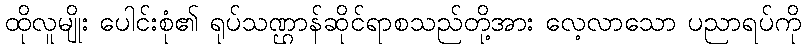
ထိုလူမျိုး ပေါင်းစုံ၏ ရုပ်သဏ္ဌာန်ဆိုင်ရာစသည်တို့အား လေ့လာသော ပညာရပ်ကို